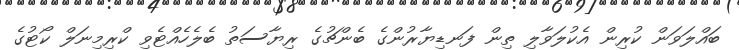
ބައްލަވަން ކުރިން އެކުލަވާލި ތިން ފަނޑިޔާރުންގެ ބެންޗުގެ ރިޔާސަތު ބެލެހެެއްޓެވި ކްރިމިނަލް ކޯޓުގެ